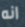
انه